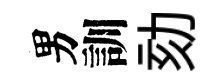
男訓劾